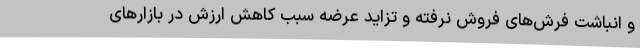
و انباشت فرش‌های فروش نرفته و تزاید عرضه سبب کاهش ارزش در بازارهای